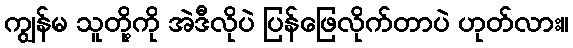
ကျွန်မ သူတို့ကို အဲဒီလိုပဲ ပြန်ဖြေလိုက်တာပဲ ဟုတ်လား။